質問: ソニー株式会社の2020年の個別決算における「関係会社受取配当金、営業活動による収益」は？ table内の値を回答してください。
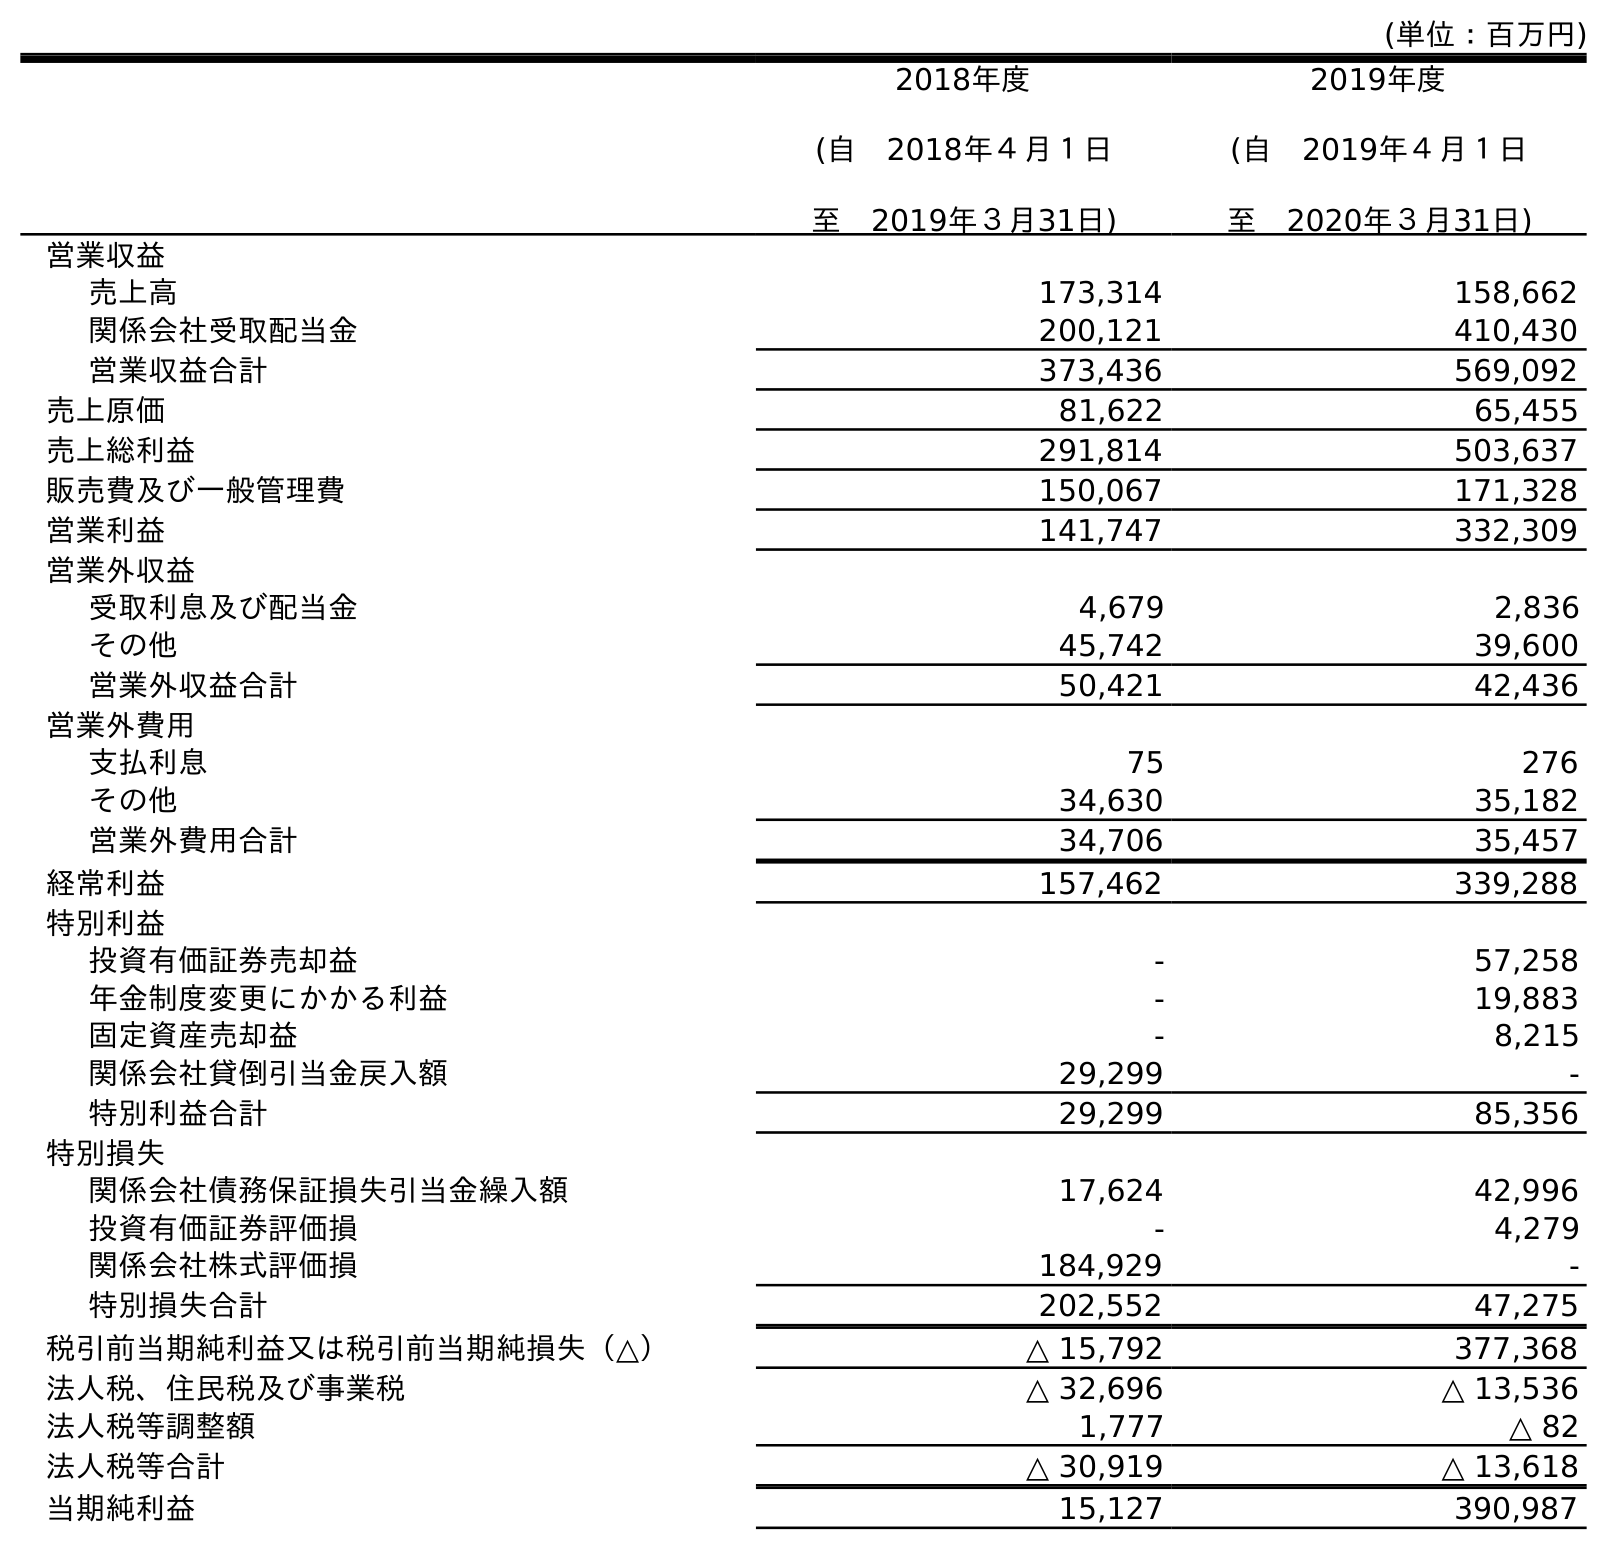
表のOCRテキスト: (単位：百万円) 2018年度 (自 2018年４月１日 至 2019年３月31日) 2019年度 (自 2019年４月１日 至 2020年３月31日) 営業収益 売上高 173,314 158,662 関係会社受取配当金 200,121 410,430 営業収益合計 373,436 569,092 売上原価 81,622 65,455 売上総利益 291,814 503,637 販売費及び一般管理費 150,067 171,328 営業利益 141,747 332,309 営業外収益 受取利息及び配当金 4,679 2,836 その他 45,742 39,600 営業外収益合計 50,421 42,436 営業外費用 支払利息 75 276 その他 34,630 35,182 営業外費用合計 34,706 35,457 経常利益 157,462 339,288 特別利益 投資有価証券売却益 - 57,258 年金制度変更にかかる利益 - 19,883 固定資産売却益 - 8,215 関係会社貸倒引当金戻入額 29,299 - 特別利益合計 29,299 85,356 特別損失 関係会社債務保証損失引当金繰入額 17,624 42,996 投資有価証券評価損 - 4,279 関係会社株式評価損 184,929 - 特別損失合計 202,552 47,275 税引前当期純利益又は税引前当期純損失（△） △ 15,792 377,368 法人税、住民税及び事業税 △ 32,696 △ 13,536 法人税等調整額 1,777 △ 82 法人税等合計 △ 30,919 △ 13,618 当期純利益 15,127 390,987
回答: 410,430